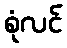
စုံလင်